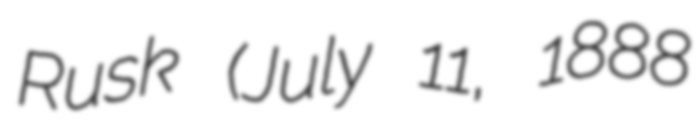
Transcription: Rusk (July 11, 1888